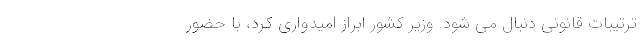
ترتیبات قانونی دنبال می شود. وزیر کشور ابراز امیدواری کرد، با حضور